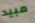
مبيد